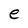
Character: e